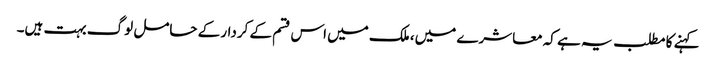
کہنے کا مطلب یہ ہے کہ معاشرے میں، ملک میں اس قسم کے کردار کے حامل لوگ بہت ہیں۔